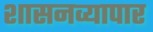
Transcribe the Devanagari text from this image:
शासनव्यापार